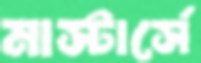
মাস্টার্সে